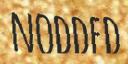
NODDED